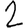
Digit: 2